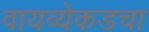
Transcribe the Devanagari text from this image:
वायव्येकडचा